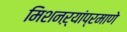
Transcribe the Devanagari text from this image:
मिशनऱ्यांप्रमाणे